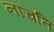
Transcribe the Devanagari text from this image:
नाचति